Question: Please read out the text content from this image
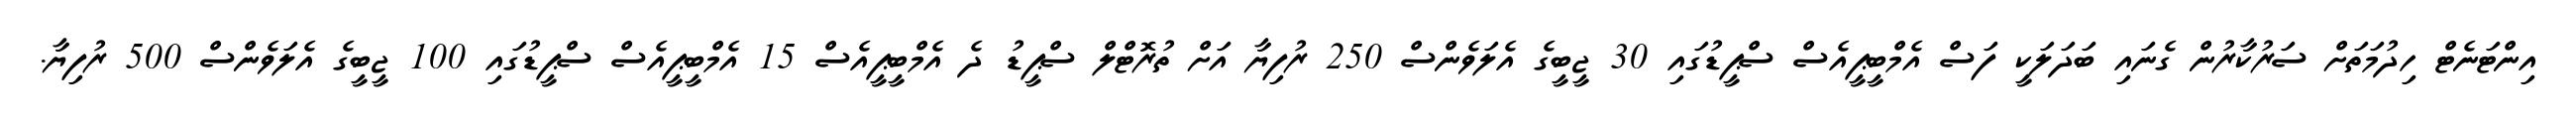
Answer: އިންޓަނެޓް ހިދުމަތަށް ސަރުކާރުން ގެނައި ބަދަލަކީ ފަސް އެމްބީޕީއެސް ސްޕީޑުގައި 30 ޖީބީގެ އެލަވެންސް 250 ރުފިޔާ އަށް ތުރޮޓްލް ސްޕީޑު ދެ އެމްބީޕީއެސް 15 އެމްބީޕީއެސް ސްޕީޑުގައި 100 ޖީބީގެ އެލަވެންސް 500 ރުފިޔާ.